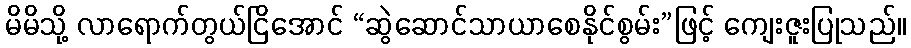
မိမိသို့ လာရောက်တွယ်ငြိအောင် “ဆွဲဆောင်သာယာစေနိုင်စွမ်း”ဖြင့် ကျေးဇူးပြုသည်။